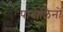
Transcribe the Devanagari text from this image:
पादालिनो